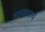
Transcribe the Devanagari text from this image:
यवनाचार्य